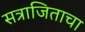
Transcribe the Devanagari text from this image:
सत्राजिताचा